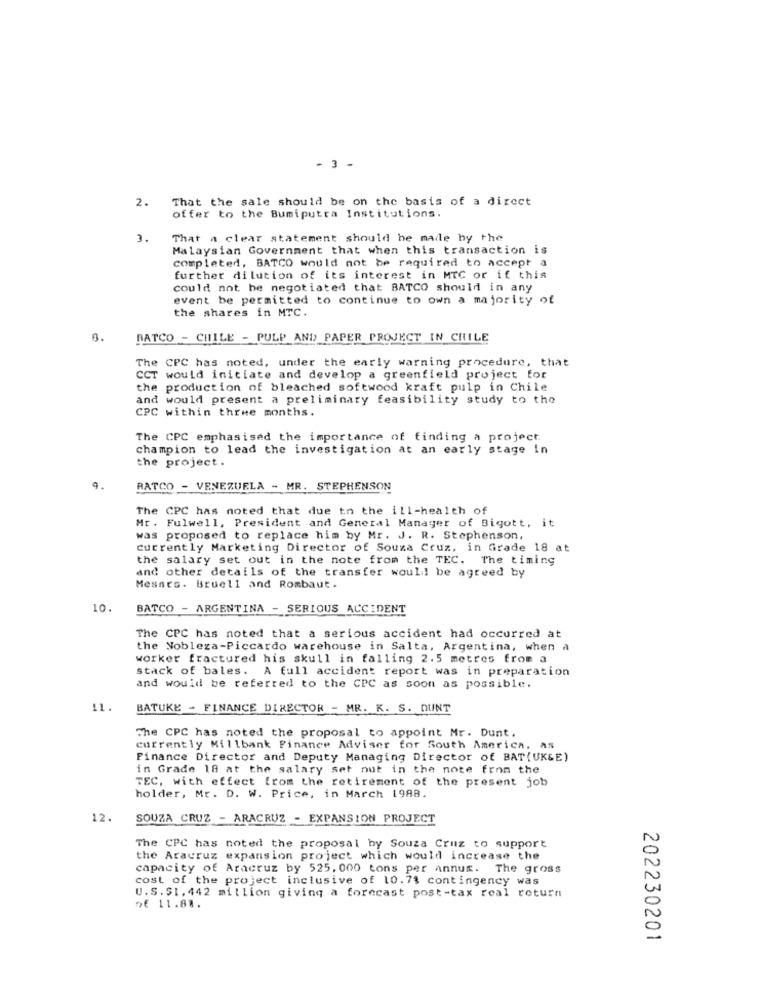
- 3 -
2.
That the sale should be on the basis of a direct
offer to the Bumiputra Institutions.
3.
That a clear statement should he made by the
Malaysian Government that when this transaction is
completed, BATCO would not be required to accept a
further dilution of its interest in MTC or if this
could not be negotiated that BATCO should in any
event be permitted to continue to own a majority of
the shares in MTC.
8.
RATCO - CHILE - PULP AND PAPER PROJECT IN CHILE
The CPC has noted, under the early warning procedure, that
CCT would initiate and develop a greenfield project for
the production of bleached softwood kraft pulp in Chile
and would present a preliminary feasibility study to the
CPC within three months.
The CPC emphasised the importance of finding a project
champion to lead the investigation at an early stage in
the project.
9.
RATCO - VENEZUELA - MR. STEPHENSON
The CPC has noted that due to the ill-health of
Mr. Fulwell, President and General Manager of Bigott, it
was proposed to replace him by Mr. J. R. Stephenson,
currently Marketing Director of Souza Cruz, in Grade 18 at
the salary set out in the note from the TEC. The timing
and other details of the transfer would be agreed by
Messrs. Bruell and Rombaut.
10
BATCO - ARGENTINA - SERIOUS ACCIDENT
The CPC has noted that a serious accident had occurred at
the Nobleza-Piccardo warehouse in Salta, Argentina, when a
worker fractured his skull in falling 2.5 metres from a
stack of bales. A full accident report was in preparation
and would be referred to the CPC as soon as possible.
11
BATUKE - FINANCE DIRECTOR - MR. K. S. DUNT
The CPC has noted the proposal to appoint Mr. Dunt.
currently Millbank Finance Adviser for South America,
Finance Director and Deputy Managing Director of BAT( UK&E)
in Grade 18 at the salary set out in the note from the
TEC, with effect from the retirement of the present job
holder, Mr. D. W. Price, in March 1988.
12.
SOUZA CRUZ - ARACRUZ - EXPANSION PROJECT
The CPC has noted the proposal by Souza Cruz to support
the Aracruz expansion project which would increase the
capacity of Aracruz by 525. 000 tons per annum. The gross
cost of the project inclusive of 10.73 contingency was
U.S.$1. 442 million giving a forecast post-tax real return
of 11.81.
202230201